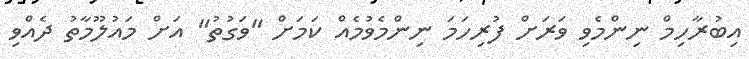
އިބުރާހިމް ނިންމެވި ވަރަށް ފުރިހަމަ ނިންމެވުމެއް ކަމަށް "ވަގުތު" އަށް މައުލޫމާތު ދެއްވި